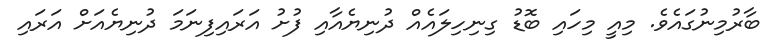
ބާރުމިނުގައެވެ. މިއީ މިހައި ބޮޑު ގިނިހިލައެއް ދުނިޔެއާއި ފުށު އަރައިފިނަމަ ދުނިޔެއަށް އަރައި